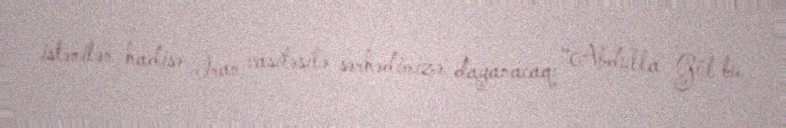
istənilən hadisə İran vasitəsilə sərhədimizə dayanacaq: “Abdulla Gül bu